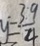
y = \frac { 3 . 9 } { 4 }